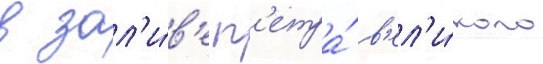
в зал'и́в'е п'етра́ в'ел'и́кого